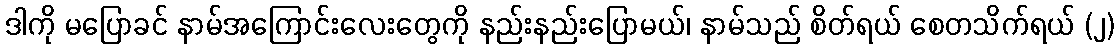
ဒါကို မပြောခင် နာမ်အကြောင်းလေးတွေကို နည်းနည်းပြောမယ်၊ နာမ်သည် စိတ်ရယ် စေတသိက်ရယ် (၂)